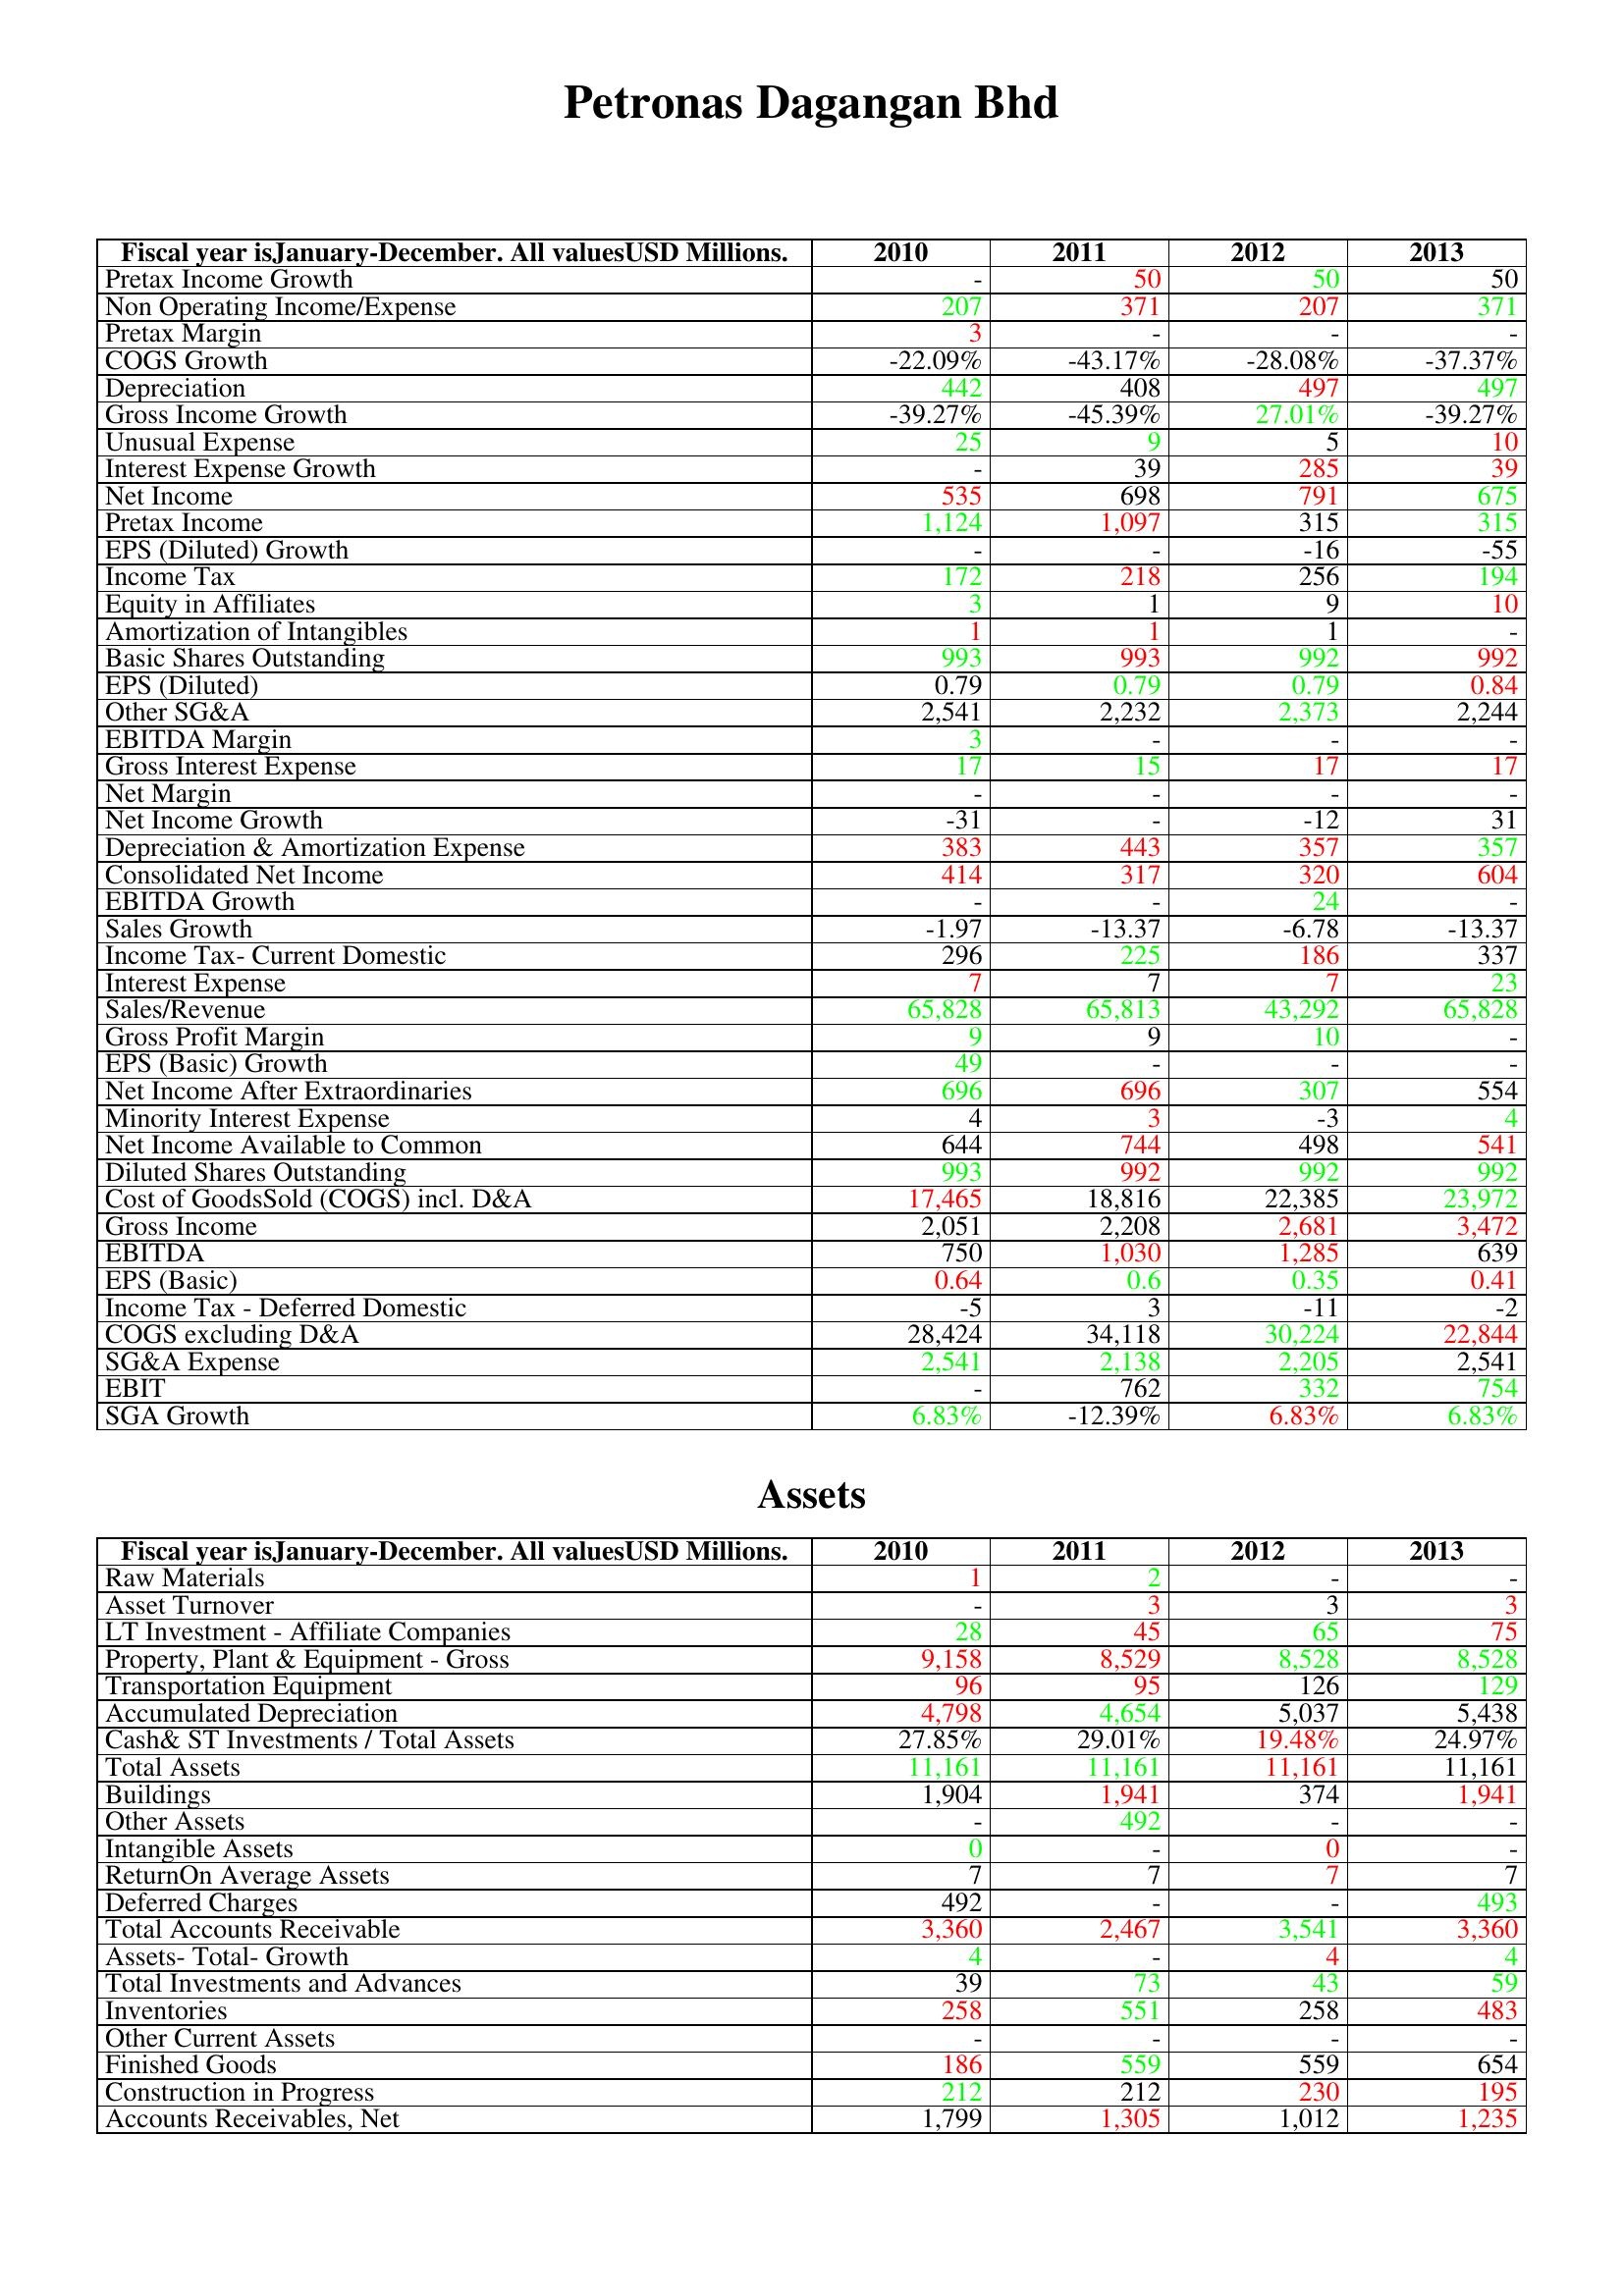
gt_parse: 2010: : Pretax Income Growth: -
Non Operating Income/Expense: 207
Pretax Margin: 3
COGS Growth: -22.09%
Depreciation: 442
Gross Income Growth: -39.27%
Unusual Expense: 25
Interest Expense Growth: -
Net Income: 535
Pretax Income: 1,124
EPS (Diluted) Growth: -
Income Tax: 172
Equity in Affiliates: 3
Amortization of Intangibles: 1
Basic Shares Outstanding: 993
EPS (Diluted): 0.79
Other SG&A: 2,541
EBITDA Margin: 3
Gross Interest Expense: 17
Net Margin: -
Net Income Growth: -31
Depreciation & Amortization Expense: 383
Consolidated Net Income: 414
EBITDA Growth: -
Sales Growth: -1.97
Income Tax- Current Domestic: 296
Interest Expense: 7
Sales/Revenue: 65,828
Gross Profit Margin: 9
EPS (Basic) Growth: 49
Net Income After Extraordinaries: 696
Minority Interest Expense: 4
Net Income Available to Common: 644
Diluted Shares Outstanding: 993
Cost of GoodsSold (COGS) incl. D&A: 17,465
Gross Income: 2,051
EBITDA: 750
EPS (Basic): 0.64
Income Tax - Deferred Domestic: -5
COGS excluding D&A: 28,424
SG&A Expense: 2,541
EBIT: -
SGA Growth: 6.83%
Assets: Raw Materials: 1
Asset Turnover: -
LT Investment - Affiliate Companies: 28
Property, Plant & Equipment - Gross : 9,158
Transportation Equipment: 96
Accumulated Depreciation: 4,798
Cash& ST Investments / Total Assets: 27.85%
Total Assets: 11,161
Buildings: 1,904
Other Assets: -
Intangible Assets: 0
ReturnOn Average Assets: 7
Deferred Charges: 492
Total Accounts Receivable: 3,360
Assets- Total- Growth: 4
Total Investments and Advances: 39
Inventories: 258
Other Current Assets: -
Finished Goods: 186
Construction in Progress: 212
Accounts Receivables, Net: 1,799
2011: : Pretax Income Growth: 50
Non Operating Income/Expense: 371
Pretax Margin: -
COGS Growth: -43.17%
Depreciation: 408
Gross Income Growth: -45.39%
Unusual Expense: 9
Interest Expense Growth: 39
Net Income: 698
Pretax Income: 1,097
EPS (Diluted) Growth: -
Income Tax: 218
Equity in Affiliates: 1
Amortization of Intangibles: 1
Basic Shares Outstanding: 993
EPS (Diluted): 0.79
Other SG&A: 2,232
EBITDA Margin: -
Gross Interest Expense: 15
Net Margin: -
Net Income Growth: -
Depreciation & Amortization Expense: 443
Consolidated Net Income: 317
EBITDA Growth: -
Sales Growth: -13.37
Income Tax- Current Domestic: 225
Interest Expense: 7
Sales/Revenue: 65,813
Gross Profit Margin: 9
EPS (Basic) Growth: -
Net Income After Extraordinaries: 696
Minority Interest Expense: 3
Net Income Available to Common: 744
Diluted Shares Outstanding: 992
Cost of GoodsSold (COGS) incl. D&A: 18,816
Gross Income: 2,208
EBITDA: 1,030
EPS (Basic): 0.6
Income Tax - Deferred Domestic: 3
COGS excluding D&A: 34,118
SG&A Expense: 2,138
EBIT: 762
SGA Growth: -12.39%
Assets: Raw Materials: 2
Asset Turnover: 3
LT Investment - Affiliate Companies: 45
Property, Plant & Equipment - Gross : 8,529
Transportation Equipment: 95
Accumulated Depreciation: 4,654
Cash& ST Investments / Total Assets: 29.01%
Total Assets: 11,161
Buildings: 1,941
Other Assets: 492
Intangible Assets: -
ReturnOn Average Assets: 7
Deferred Charges: -
Total Accounts Receivable: 2,467
Assets- Total- Growth: -
Total Investments and Advances: 73
Inventories: 551
Other Current Assets: -
Finished Goods: 559
Construction in Progress: 212
Accounts Receivables, Net: 1,305
2012: : Pretax Income Growth: 50
Non Operating Income/Expense: 207
Pretax Margin: -
COGS Growth: -28.08%
Depreciation: 497
Gross Income Growth: 27.01%
Unusual Expense: 5
Interest Expense Growth: 285
Net Income: 791
Pretax Income: 315
EPS (Diluted) Growth: -16
Income Tax: 256
Equity in Affiliates: 9
Amortization of Intangibles: 1
Basic Shares Outstanding: 992
EPS (Diluted): 0.79
Other SG&A: 2,373
EBITDA Margin: -
Gross Interest Expense: 17
Net Margin: -
Net Income Growth: -12
Depreciation & Amortization Expense: 357
Consolidated Net Income: 320
EBITDA Growth: 24
Sales Growth: -6.78
Income Tax- Current Domestic: 186
Interest Expense: 7
Sales/Revenue: 43,292
Gross Profit Margin: 10
EPS (Basic) Growth: -
Net Income After Extraordinaries: 307
Minority Interest Expense: -3
Net Income Available to Common: 498
Diluted Shares Outstanding: 992
Cost of GoodsSold (COGS) incl. D&A: 22,385
Gross Income: 2,681
EBITDA: 1,285
EPS (Basic): 0.35
Income Tax - Deferred Domestic: -11
COGS excluding D&A: 30,224
SG&A Expense: 2,205
EBIT: 332
SGA Growth: 6.83%
Assets: Raw Materials: -
Asset Turnover: 3
LT Investment - Affiliate Companies: 65
Property, Plant & Equipment - Gross : 8,528
Transportation Equipment: 126
Accumulated Depreciation: 5,037
Cash& ST Investments / Total Assets: 19.48%
Total Assets: 11,161
Buildings: 374
Other Assets: -
Intangible Assets: 0
ReturnOn Average Assets: 7
Deferred Charges: -
Total Accounts Receivable: 3,541
Assets- Total- Growth: 4
Total Investments and Advances: 43
Inventories: 258
Other Current Assets: -
Finished Goods: 559
Construction in Progress: 230
Accounts Receivables, Net: 1,012
2013: : Pretax Income Growth: 50
Non Operating Income/Expense: 371
Pretax Margin: -
COGS Growth: -37.37%
Depreciation: 497
Gross Income Growth: -39.27%
Unusual Expense: 10
Interest Expense Growth: 39
Net Income: 675
Pretax Income: 315
EPS (Diluted) Growth: -55
Income Tax: 194
Equity in Affiliates: 10
Amortization of Intangibles: -
Basic Shares Outstanding: 992
EPS (Diluted): 0.84
Other SG&A: 2,244
EBITDA Margin: -
Gross Interest Expense: 17
Net Margin: -
Net Income Growth: 31
Depreciation & Amortization Expense: 357
Consolidated Net Income: 604
EBITDA Growth: -
Sales Growth: -13.37
Income Tax- Current Domestic: 337
Interest Expense: 23
Sales/Revenue: 65,828
Gross Profit Margin: -
EPS (Basic) Growth: -
Net Income After Extraordinaries: 554
Minority Interest Expense: 4
Net Income Available to Common: 541
Diluted Shares Outstanding: 992
Cost of GoodsSold (COGS) incl. D&A: 23,972
Gross Income: 3,472
EBITDA: 639
EPS (Basic): 0.41
Income Tax - Deferred Domestic: -2
COGS excluding D&A: 22,844
SG&A Expense: 2,541
EBIT: 754
SGA Growth: 6.83%
Assets: Raw Materials: -
Asset Turnover: 3
LT Investment - Affiliate Companies: 75
Property, Plant & Equipment - Gross : 8,528
Transportation Equipment: 129
Accumulated Depreciation: 5,438
Cash& ST Investments / Total Assets: 24.97%
Total Assets: 11,161
Buildings: 1,941
Other Assets: -
Intangible Assets: -
ReturnOn Average Assets: 7
Deferred Charges: 493
Total Accounts Receivable: 3,360
Assets- Total- Growth: 4
Total Investments and Advances: 59
Inventories: 483
Other Current Assets: -
Finished Goods: 654
Construction in Progress: 195
Accounts Receivables, Net: 1,235